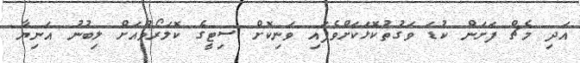
އަދި މެޗް ފަށަން ކުޑަ ވަގުތުކޮޅަކަށްވެފައި ވަނިކޮށް ސިޓީގެ ކޮލަރޯވްއަށް ލިބުނު އަނިޔާ